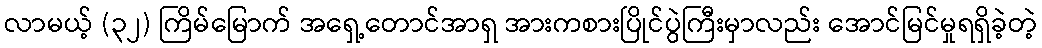
လာမယ့် (၃၂) ကြိမ်မြောက် အရှေ့တောင်အာရှ အားကစားပြိုင်ပွဲကြီးမှာလည်း အောင်မြင်မှုရရှိခဲ့တဲ့